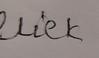
Signature authenticity: forged